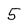
Character: 5